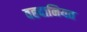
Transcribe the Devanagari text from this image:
वहदानियत